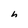
Character: h